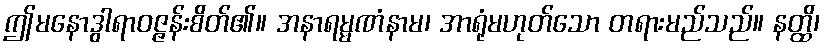
ဤမနောဒွါရာဝဇ္ဇန်းစိတ်၏။ အနာရမ္မဏံနာမ၊ အာရုံမဟုတ်သော တရားမည်သည်။ နတ္ထိ၊